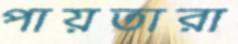
পায়তারা